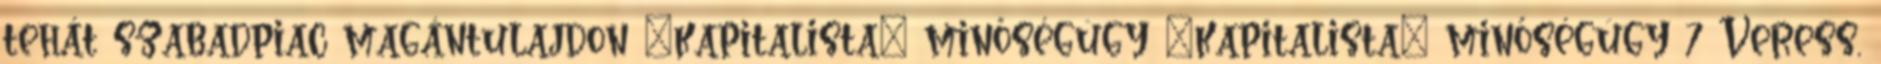
tehát szabadpiac magántulajdon „kapitalista” minőségügy „kapitalista” minőségügy 7 Veress,